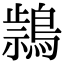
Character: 𪃚